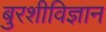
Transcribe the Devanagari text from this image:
बुरशीविज्ञान